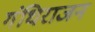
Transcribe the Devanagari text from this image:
गंधिराजन